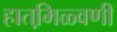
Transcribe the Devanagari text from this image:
हातमि़ळ्वणी